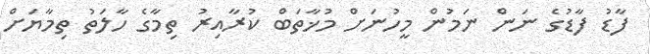
ފާޑު ފާޑުގެ ނަން ނަމުން މީހުނަށް މުޚާތަބް ކުރާއިރު ތިމާގެ ހާލަތު ތިމާޔަށް